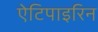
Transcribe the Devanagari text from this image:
ऐटिपाइरिन